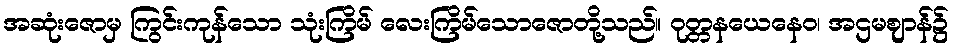
အဆုံးဇောမှ ကြွင်းကုန်သော သုံးကြိမ် လေးကြိမ်သောဇောတို့သည်။ ဝုတ္တနယေနေဝ၊ အဌမဈာန်၌